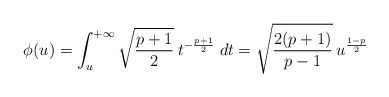
\begin{align*}\phi(u)=\int_u^{+\infty}\sqrt{\frac{p+1}{2}}\:t^{-\frac{p+1}{2}}\;dt=\sqrt{\frac{2(p+1)}{p-1}}\:u^{\frac{1-p}{2}}\end{align*}